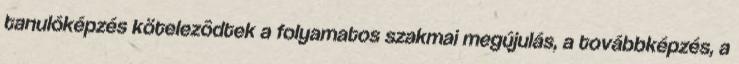
tanulóképzés kötelezôdtek a folyamatos szakmai megújulás, a továbbképzés, a